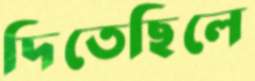
দিতেছিলে